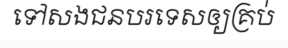
ទៅសងជនបរទេសឲ្យគ្រប់